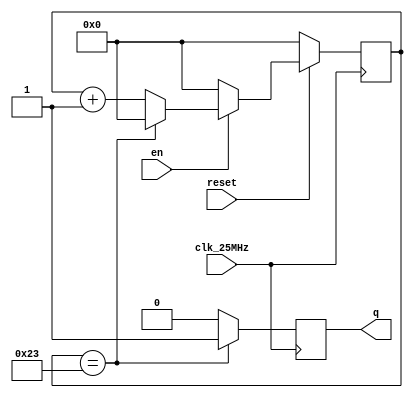
// Copyright (c) 2017-2018 Roland Coeurjoly
// This program is GPL Licensed. See LICENSE for the full license.

module timer_1us(
		 input wire clk_25MHz,
		 input wire reset, //synchronous reset
		 input wire en,
		 output reg q	       
		 );

   parameter PERIOD = 1;
   localparam CLK_FREQ = 36; //36 MHz clock
   localparam MAX = (PERIOD * CLK_FREQ) - 1;

   reg [31:0] 		    count;

   initial begin
      q <= 0;
      count <= 0;
   end
   
   always @(posedge clk_25MHz)
     begin
	if (reset == 0)
	  count <= 0;
	else if (en == 1) begin
	   if (count == MAX)
	     count <= 0;
	   else
	     count <= count + 1;
	end
	else
	  count <= 0;
	if (count == MAX)
	  q <= 1;
	else
	  q <= 0;
     end // always @ (posedge clk_25MHz)
endmodule